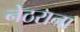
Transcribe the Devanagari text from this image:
नेठराना